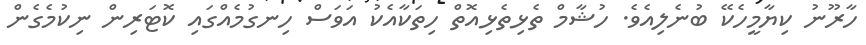
ހާރޫނު ކިޔާމީހެކޭ ބުނެލިއެވެ. ހުޝާމް ތެޅިތެޅިއޮތް ހިތަކާއެކު އަވަސް ހިނގުމެއްގައި ކޮޓަރިން ނިކުމެގެން